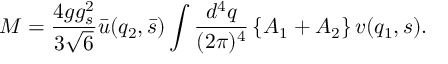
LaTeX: M = \frac { 4 g g _ { s } ^ { 2 } } { 3 \sqrt 6 } { \bar { u } } ( q _ { 2 } , { \bar { s } } ) \int \frac { d ^ { 4 } q } { ( 2 \pi ) ^ { 4 } } \left\{ { \cal A } _ { 1 } + { \cal A } _ { 2 } \right\} v ( q _ { 1 } , s ) .